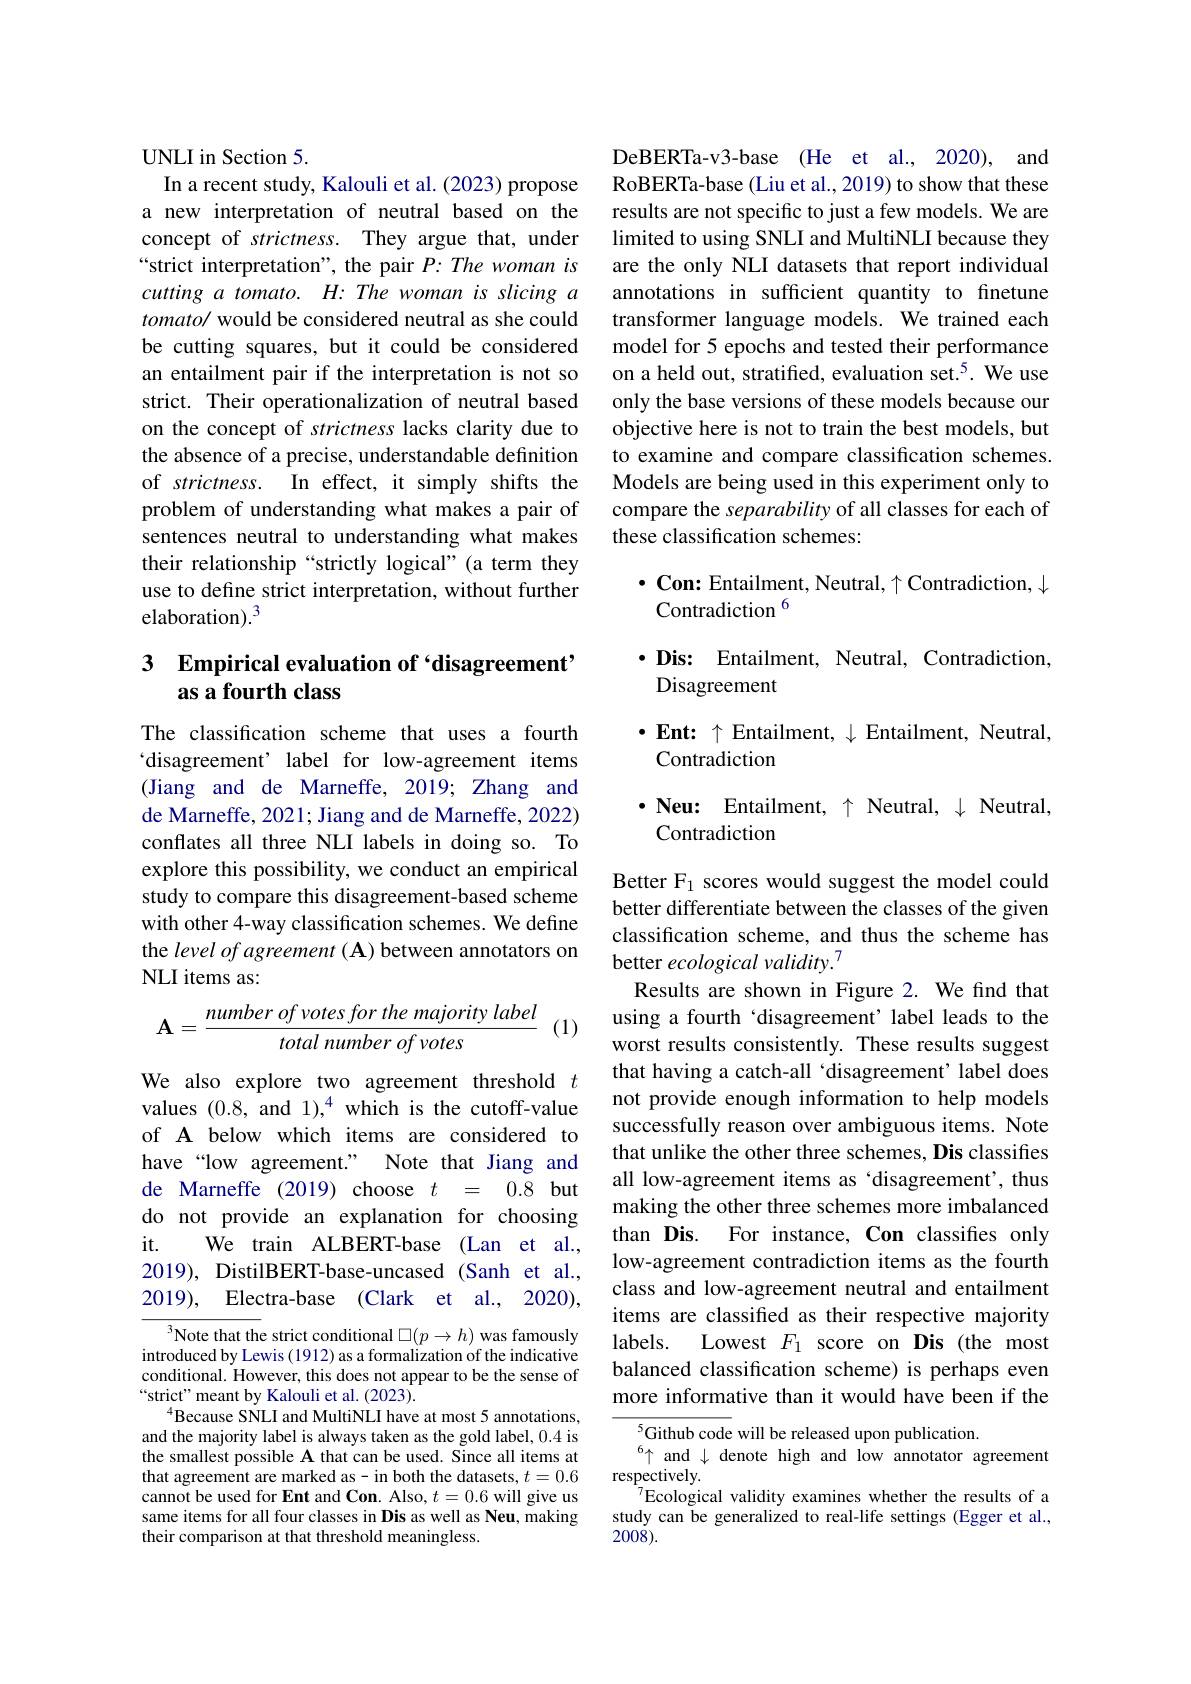
UNLI in Section 5
In a recent study, Kalouli et al. (2023) propose a new interpretation of neutral based on the concept of strictness. They argue that, under “strict interpretation", the pair $P:The$ woman is cutting a tomato. H: The woman is slicing a $tomato/$ would be considered neutral as she could be cutting squares, but it could be considered an entailment pair if the interpretation is not so strict. Their operationalization of neutral based on the concept of strictness lacks clarity due to the absence of a precise, understandable definition of strictness. In effect, it simply shifts the problem of understanding what makes a pair of sentences neutral to understanding what makes their relationship “strictly logical”(a term they use to define strict interpretation, without further elaboration).$^3$

# 3 Empirical evaluation of `disagreement' as a fourth class

The classification scheme that uses a fourth `disagreement’ label for low-agreement items (Jiang and de Marneffe, 2019; Zhang and de Marneffe, 2021; Jiang and de Marneffe, 2022) conflates all three NLI labels in doing so. To explore this possibility, we conduct an empirical study to compare this disagreement-based scheme with other 4-way classification schemes. We define the level of agreement ( A) between annotators on NLI items as:
$$\mathbf{A}=\frac{number\:of\:votes\:for\:the\:majority\:label}{total\:number\:of\:votes}$$
(1)

We also explore two agreement threshold $t$ values (0.8, and $1),^4$ which is the cutoff-value of A below which items are considered to have“low agreement.” Note that Jiang and de Marneffe (2019) choose $t$ = 0.8 but do not provide an explanation for choosing it.
We train ALBERT-base (Lan et al.,
2019), DistilBERT-base-uncased (Sanh et al., 2019), Electra-base (Clark et al., 2020),

$^{3}$Note that the strict conditional $\square(p\to h)$ was famously introduced by Lewis (1912) as a formalization of the indicative conditional. However, this does not appear to be the sense of “strict" meant by Kalouli et al. (2023).
$^{4}$Because SNLI and MultiNLI have at most 5 annotations, and the majority label is always taken as the gold label, 0.4 is the smallest possible A that can be used. Since all items at that agreement are marked as- in both the datasets, $t=0.6$ cannot be used for Ent and Con. Also, $t=0.6$ will give us same items for all four classes in Dis as well as Neu, making their comparison at that threshold meaningless.

DeBERTa-v3-base (He et al., 2020), and RoBERTa-base (Liu et al., 2019) to show that these results are not specific to just a few models. We are limited to using SNLI and MultiNLI because they are the only NLI datasets that report individual annotations in sufficient quantity to finetune transformer language models. We trained each model for 5 epochs and tested their performance on a held out, stratified, evaluation set.$^{5}$. We use only the base versions of these models because our objective here is not to train the best models, but to examine and compare classification schemes. Models are being used in this experiment only to compare the separability of all classes for each of these classification schemes:

$\bullet$ Con: Entailment, Neutral, $\uparrow$ Contradiction, $\downarrow$
## Contradiction $^{6}$

$\cdot \mathbf{Dis: }$ Entailment, Neutral, Contradiction,

Disagreement

$\cdot$Ent: $\uparrow$ Entailment, $\downarrow$ Entailment, Neutral,

Contradiction

$\cdot \textbf{Neu: Entailment, }\uparrow$ Neutral, $\downarrow$ Neutral,

Contradiction

Better F$_1$ scores would suggest the model could better differentiate between the classes of the given classification scheme, and thus the scheme has better ecological validity.7
Results are shown in Figure 2. We find that using a fourth‘disagreement’label leads to the worst results consistently. These results suggest that having a catch-all 'disagreement’label does not provide enough information to help models successfully reason over ambiguous items. Note that unlike the other three schemes, Dis classifies all low-agreement items as ‘disagreement’, thus making the other three schemes more imbalanced than Dis. For instance, Con classifies only low-agreement contradiction items as the fourth class and low-agreement neutral and entailment items are classified as their respective majority labels.
Lowest $F_1$ score on Dis (the most
balanced classification scheme) is perhaps even more informative than it would have been if the

${^{5}\text{Github code}}$ will be released upon publication.
$^6\uparrow$ and $\downarrow$ denote high and low annotator agreement
respectively.
$^{7}$Ecological validity examines whether the results of a study can be generalized to real-life settings (Egger et al., $200\dot{8}).$